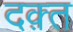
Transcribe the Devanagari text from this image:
दक़्त